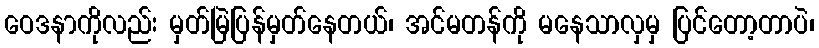
ဝေဒနာကိုလည်း မှတ်မြဲပြန်မှတ်နေတယ်၊ အင်မတန်ကို မနေသာလှမှ ပြင်တော့တာပဲ၊